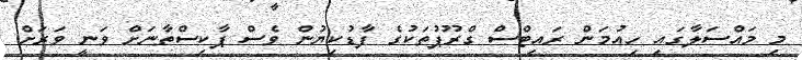
މި މައްސަލާގައި ހިއުމަން ރައިޓްސް ގްރޫޕުތަކުގެ ފާޑުކިޔުން ވެސް ޕާކިސްތާނަށް ވަނީ ވަރަށް